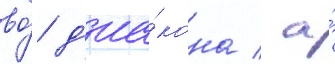
во́ д'иа́кона / а́